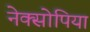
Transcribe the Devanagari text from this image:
नेक्सोपिया